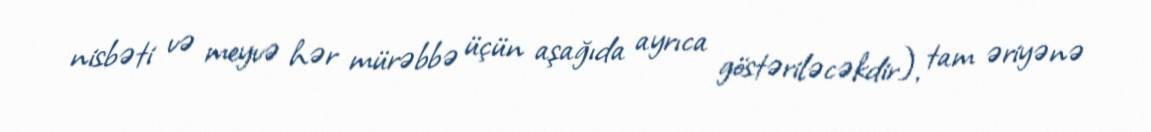
nisbəti və meyvə hər mürəbbə üçün aşağıda ayrıca göstəriləcəkdir), tam əriyənə